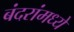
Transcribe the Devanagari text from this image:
बंदरांमध्ये